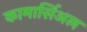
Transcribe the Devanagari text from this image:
कामार्सिअल